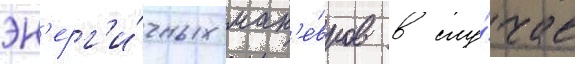
эн'ерг'и́чных ман'е́вров в слу́чае